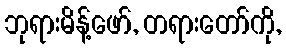
ဘုရားမိန့်ဖော်, တရားတော်ကို,